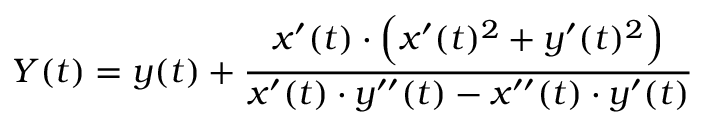
\displaystyle Y ( t ) = y ( t ) + { \frac { x ^ { \prime } ( t ) \cdot { \Big ( } x ^ { \prime } ( t ) ^ { 2 } + y ^ { \prime } ( t ) ^ { 2 } { \Big ) } } { x ^ { \prime } ( t ) \cdot y ^ { \prime \prime } ( t ) - x ^ { \prime \prime } ( t ) \cdot y ^ { \prime } ( t ) } }